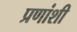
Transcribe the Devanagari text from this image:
प्रणांशी